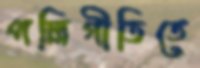
পল্লিগীতিতে